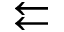
\leftleftarrows